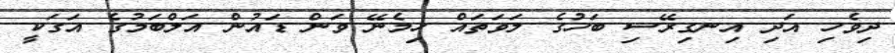
ދިވެހި އަދި އިނގިރޭސި ބަހުގެ ލަވަތައް ހިމެނޭ ވަން ޑައުން އަލްބަމުގެ އަގަކީ